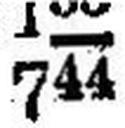
744